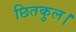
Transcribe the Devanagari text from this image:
छितकुल।